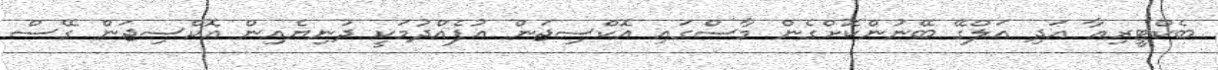
ބެކްޓީރިއާ އަދި އަލްގޭ ބޭނުންކޮށްގެން މާސްގައި އޮކްސިޖަން އުފެއްދުމަކީ ދުނިޔެއިން އޮކްސިޖަން ގޭސް